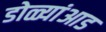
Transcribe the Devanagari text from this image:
डोळ्यांआड